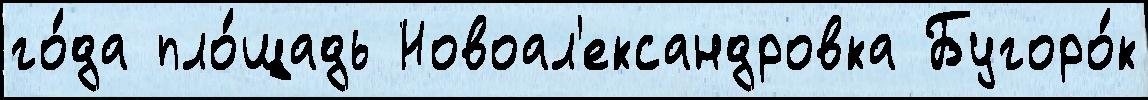
го́да пло́щадь Новоал'ександровка Бугоро́к